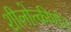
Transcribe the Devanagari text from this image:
शीलोत्कीर्णन